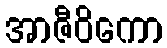
အာဇီဝိကော